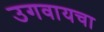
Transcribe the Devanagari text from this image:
उगवायचा